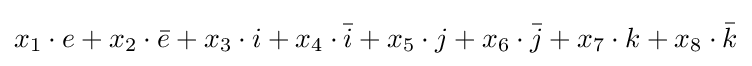
x_{1}\cdot e+x_{2}\cdot {\bar {e}}+x_{3}\cdot i+x_{4}\cdot {\bar {i}}+x_{5}\cdot j+x_{6}\cdot {\bar {j}}+x_{7}\cdot k+x_{8}\cdot {\bar {k}}